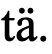
tä.